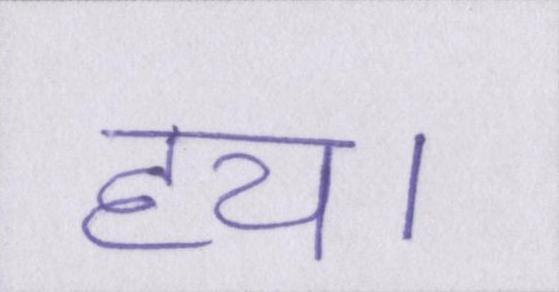
हय।